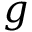
g